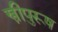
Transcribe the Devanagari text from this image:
स्त्रीपुरूष